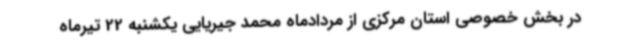
در بخش خصوصی استان مرکزی از مردادماه محمد جیریایی یکشنبه 22 تیرماه